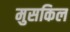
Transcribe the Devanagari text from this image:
मुसकिल